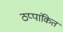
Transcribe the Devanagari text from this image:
ठप्पांकित